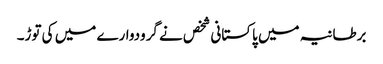
برطانیہ میں پاکستانی شخص نے گرودوارے میں کی توڑ۔